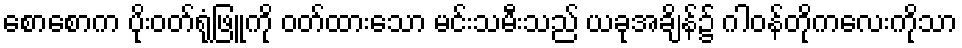
စောစောက ပိုးဝတ်ရုံဖြူကို ဝတ်ထားသော မင်းသမီးသည် ယခုအချိန်၌ ဂါဝန်တိုကလေးကိုသာ